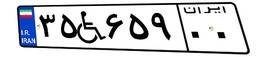
۳۵W۶۵۹۰۰